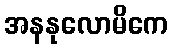
အနနုလောမိကေ